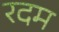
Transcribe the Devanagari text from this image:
रदम